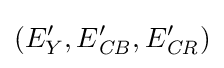
(E'_{Y},E'_{\mathit {CB}},E'_{\mathit {CR}})